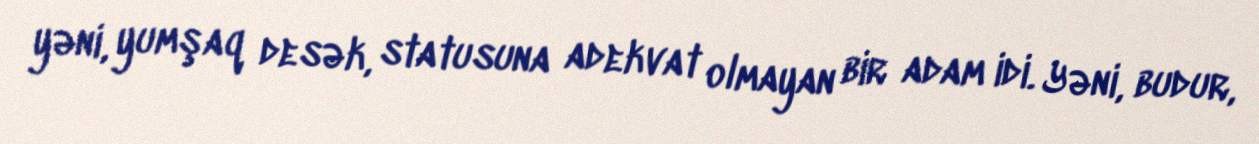
yəni, yumşaq desək, statusuna adekvat olmayan bir adam idi. Yəni, budur,